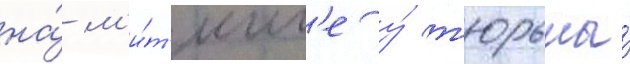
на́ м'и́т'инг'е у́ т'юрьмы́